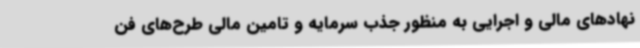
نهادهای مالی و اجرایی به منظور جذب سرمایه و تامین مالی طرح‌های فن